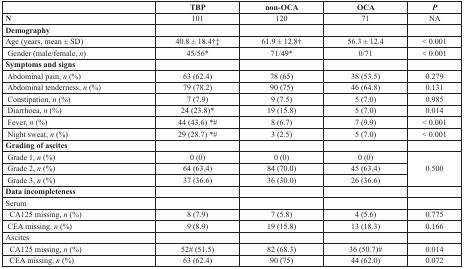
|  | TBP | non-OCA | OCA | P |
 | --- | --- | --- | --- | --- |
 | N | 101 | 120 | 71 | NA |
 | Demography |  |  |  |  |
 | Age (years, mean ± SD) | 40.8 ± 18.4†‡ | 61.9 ± 12.8† | 56.3 ± 12.4 | < 0.001 |
 | Gender (male/female, n) | 45/56* | 71/49* | 0/71 | < 0.001 |
 | Symptoms and signs |  |  |  |  |
 | Abdominal pain, n (%) | 63 (62.4) | 78 (65) | 38 (53.5) | 0.279 |
 | Abdominal tenderness, n (%) | 79 (78.2) | 90 (75) | 46 (64.8) | 0.131 |
 | Constipation, n (%) | 7 (7.9) | 9 (7.5) | 5 (7.0) | 0.985 |
 | Diarrhoea, n (%) | 24 (23.8)* | 19 (15.8) | 5 (7.0) | 0.014 |
 | Fever, n (%) | 44 (43.6) *# | 8 (6.7) | 7 (9.9) | < 0.001 |
 | Night sweat, n (%) | 29 (28.7) *# | 3 (2.5) | 5 (7.0) | < 0.001 |
 | Grading of ascites |  |  |  |  |
 | Grade 1, n (%) | 0 (0) | 0 (0) | 0 (0) | <ROWSPAN=3> 0.500 |
 | Grade 2, n (%) | 64 (63.4) | 84 (70.0) | 45 (63.4) |
 | Grade 3, n (%) | 37 (36.6) | 36 (30.0) | 26 (36.6) |
 | Data incompleteness |  |  |  |  |
 | Serum |  |  |  |  |
 | CA125 missing, n (%) | 8 (7.9) | 7 (5.8) | 4 (5.6) | 0.775 |
 | CEA missing, n (%) | 9 (8.9) | 19 (15.8) | 13 (18.3) | 0.166 |
 | Ascites |  |  |  |  |
 | CA125 missing, n (%) | 52# (51.5) | 82 (68.3) | 36 (50.7)# | 0.014 |
 | CEA missing, n (%) | 63 (62.4) | 90 (75) | 44 (62.0) | 0.072 |